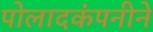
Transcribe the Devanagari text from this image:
पोलादकंपनीने